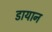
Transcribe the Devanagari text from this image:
डायान